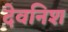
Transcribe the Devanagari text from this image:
देवनिश